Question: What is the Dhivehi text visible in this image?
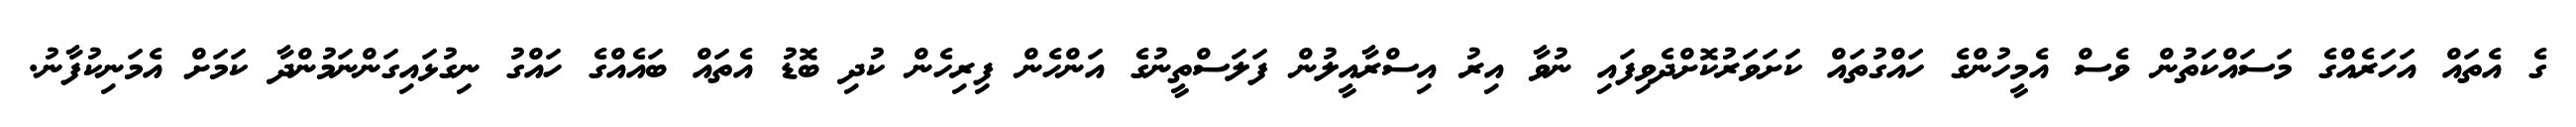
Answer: ގެ އެތައް އަހަރެއްގެ މަސައްކަތުން ވެސް އެމީހުންގެ ހައްގުތައް ކަށަވަރުކޮށްދެވިފައި ނުވާ އިރު އިސްރާއީލުން ފަލަސްތީނުގެ އަންހެން ފިރިހެން ކުދި ބޮޑު އެތައް ބައެއްގެ ހައްގު ނިގުޅައިގަންނަމުންދާ ކަމަށް އެމަނިކުފާނު.